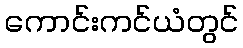
ကောင်းကင်ယံတွင်